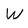
Character: W